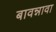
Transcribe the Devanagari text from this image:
बावन्नावा